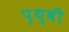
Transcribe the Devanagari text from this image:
पृथ्बी